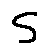
s